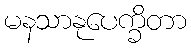
မနသာနုပေက္ခိတာ